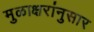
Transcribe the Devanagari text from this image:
मुळाक्षरांनुसार